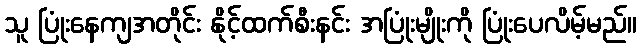
သူ ပြုံးနေကျအတိုင်း နိုင့်ထက်စီးနင်း အပြုံးမျိုးကို ပြုံးပေလိမ့်မည်။